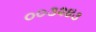
૦૦૩૨૪૩